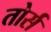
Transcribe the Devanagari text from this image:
तोर्स